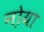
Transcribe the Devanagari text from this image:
नो़या